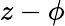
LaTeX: z-\phi